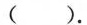
().